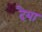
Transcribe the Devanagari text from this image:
दैया